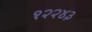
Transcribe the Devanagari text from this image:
१२२४३